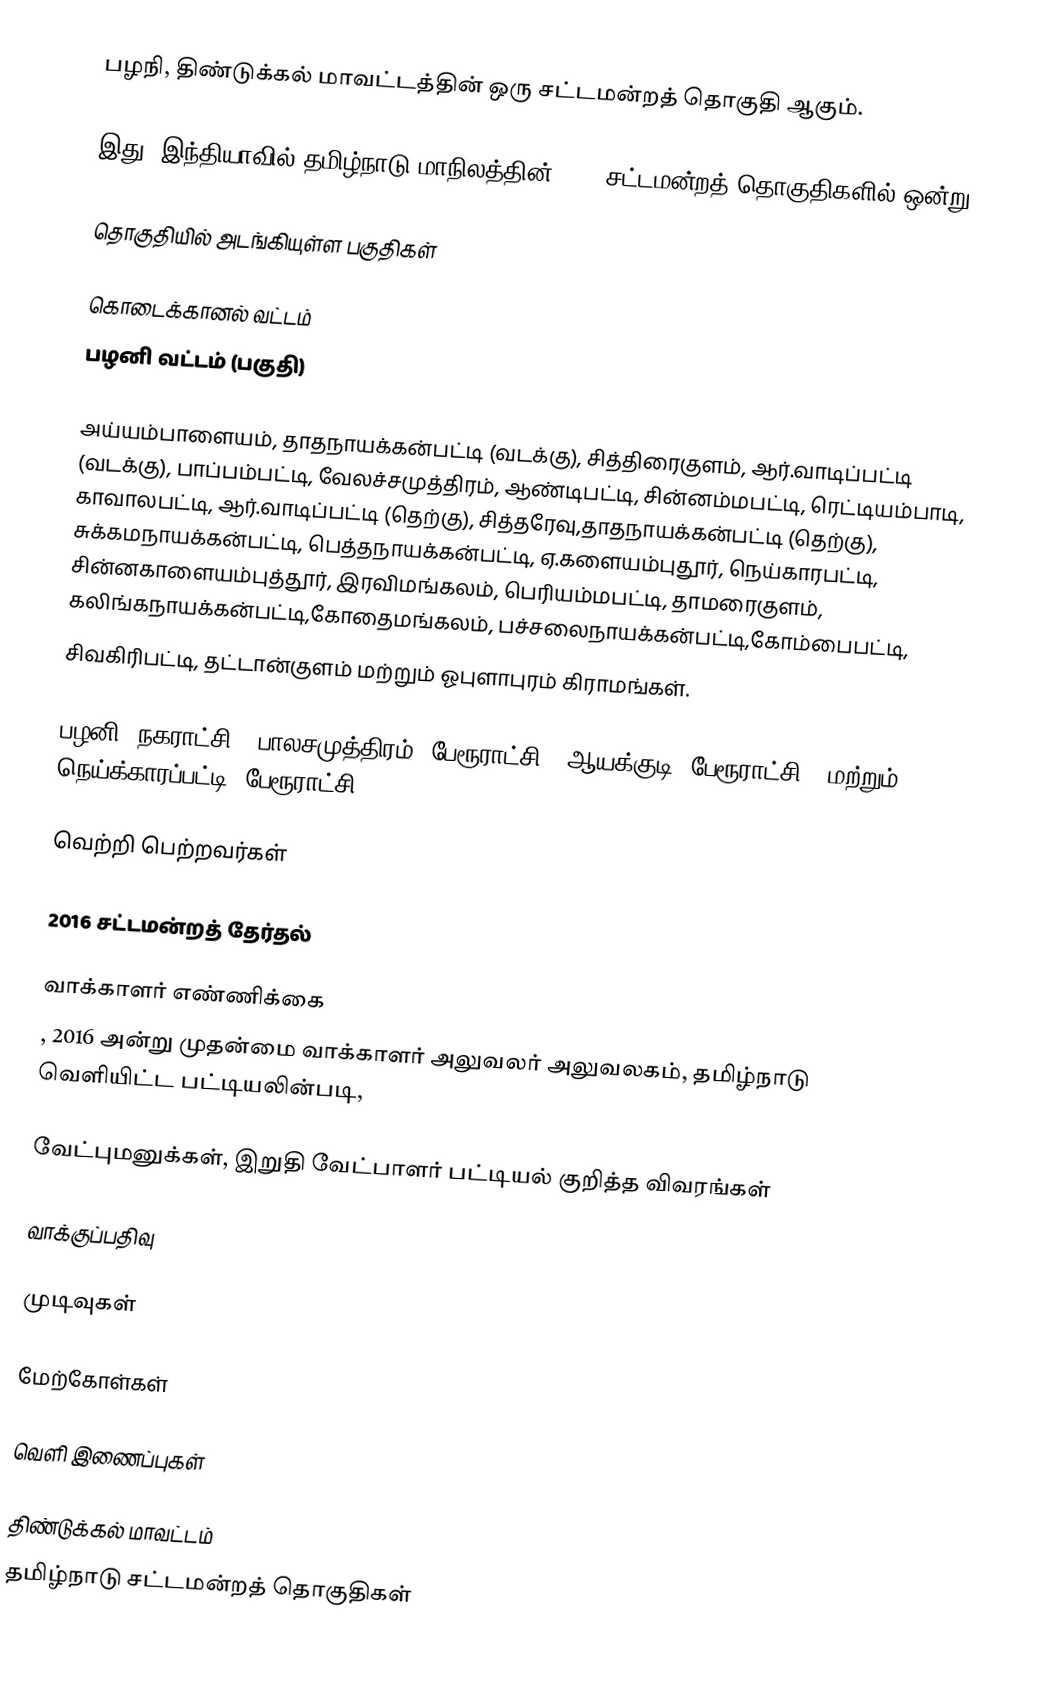
பழநி, திண்டுக்கல் மாவட்டத்தின் ஒரு சட்டமன்றத் தொகுதி ஆகும்.

இது, இந்தியாவில் தமிழ்நாடு மாநிலத்தின், 234 சட்டமன்றத் தொகுதிகளில் ஒன்று.

தொகுதியில் அடங்கியுள்ள பகுதிகள்

   கொடைக்கானல் வட்டம்
   பழனி வட்டம் (பகுதி)

அய்யம்பாளையம், தாதநாயக்கன்பட்டி (வடக்கு), சித்திரைகுளம், ஆர்.வாடிப்பட்டி (வடக்கு), பாப்பம்பட்டி, வேலச்சமுத்திரம்,  ஆண்டிபட்டி, சின்னம்மபட்டி, ரெட்டியம்பாடி, காவாலபட்டி, ஆர்.வாடிப்பட்டி (தெற்கு), சித்தரேவு,தாதநாயக்கன்பட்டி (தெற்கு), சுக்கமநாயக்கன்பட்டி, பெத்தநாயக்கன்பட்டி, ஏ.களையம்புதூர், நெய்காரபட்டி, சின்னகாளையம்புத்தூர், இரவிமங்கலம், பெரியம்மபட்டி, தாமரைகுளம், கலிங்கநாயக்கன்பட்டி,கோதைமங்கலம், பச்சலைநாயக்கன்பட்டி,கோம்பைபட்டி,
சிவகிரிபட்டி, தட்டான்குளம் மற்றும் ஓபுளாபுரம் கிராமங்கள்.

பழனி (நகராட்சி), பாலசமுத்திரம் (பேரூராட்சி), ஆயக்குடி (பேரூராட்சி), மற்றும் நெய்க்காரப்பட்டி (பேரூராட்சி)..

வெற்றி பெற்றவர்கள்

2016 சட்டமன்றத் தேர்தல்

வாக்காளர் எண்ணிக்கை
, 2016 அன்று முதன்மை வாக்காளர் அலுவலர் அலுவலகம், தமிழ்நாடு வெளியிட்ட பட்டியலின்படி,

வேட்புமனுக்கள், இறுதி வேட்பாளர் பட்டியல் குறித்த விவரங்கள்

வாக்குப்பதிவு

முடிவுகள்

மேற்கோள்கள்

வெளி இணைப்புகள்

திண்டுக்கல் மாவட்டம்
தமிழ்நாடு சட்டமன்றத் தொகுதிகள்